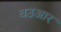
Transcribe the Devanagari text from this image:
बउआर